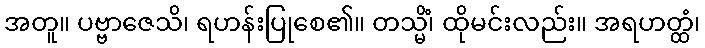
အတူ။ ပဗ္ဗာဇေသိ၊ ရဟန်းပြုစေ၏။ တသ္မိံ၊ ထိုမင်းလည်း။ အရဟတ္ထံ၊